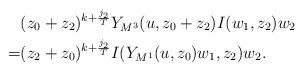
LaTeX: \begin{align*}&(z_0+z_2)^{k+\frac{j_2}{T}}Y_{M^3}(u,z_0+z_2)I(w_1,z_2)w_2\\=&(z_2+z_0)^{k+\frac{j_2}{T}}I(Y_{M^1}(u,z_0)w_1,z_2)w_2.\end{align*}